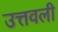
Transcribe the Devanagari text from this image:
उत्तवली